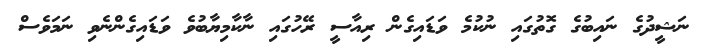
ނަޝީދުގެ ނައިބުގެ ގޮތުގައި ނުކުމެ ވަޑައިގެން ރިއާސީ ރޭހުގައި ނާކާމިޔާބުވެ ވަޑައިގެންނެވި ނަމަވެސް